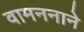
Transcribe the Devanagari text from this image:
वामननाने